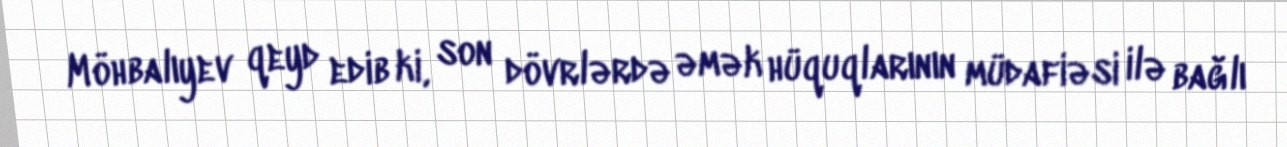
Möhbalıyev qeyd edib ki, son dövrlərdə əmək hüquqlarının müdafiəsi ilə bağlı